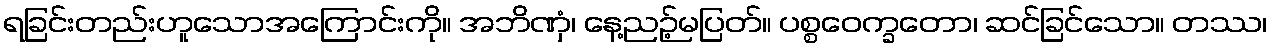
ရခြင်းတည်းဟူသောအကြောင်းကို။ အဘိဏှံ၊ နေ့ညဉ့်မပြတ်။ ပစ္စဝေက္ခတော၊ ဆင်ခြင်သော။ တဿ၊